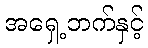
အရှေ့ဘက်နှင့်